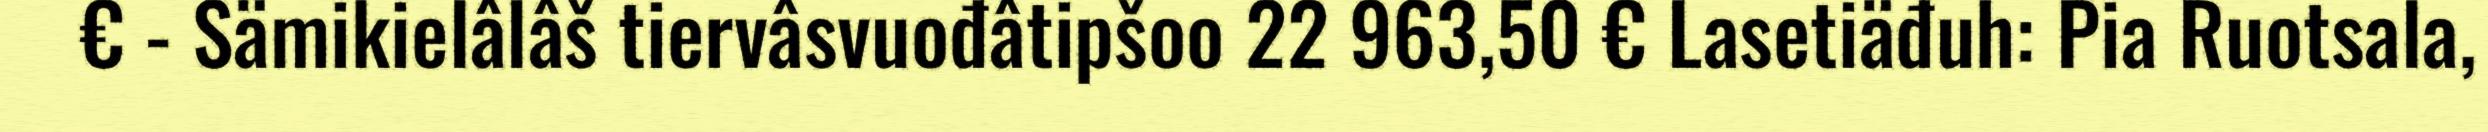
€ - Sämikielâlâš tiervâsvuođâtipšoo 22 963,50 € Lasetiäđuh: Pia Ruotsala,